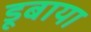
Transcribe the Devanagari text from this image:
डूबाया